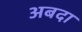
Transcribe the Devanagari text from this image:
अबदा